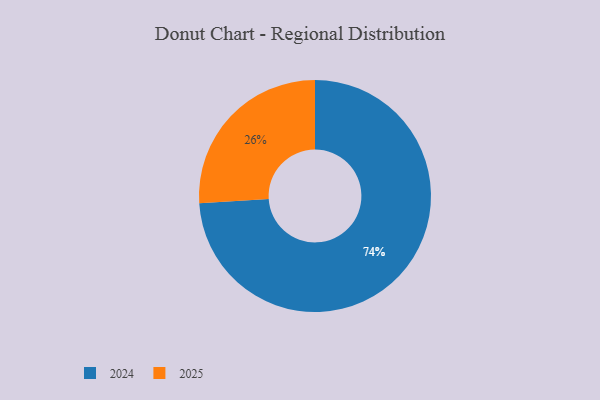
{"axis": {"x": "Category", "y": "Percentage"}, "legend": ["2024", "2025"], "data": [{"x": "2024", "y": 74, "type": "2024"}, {"x": "2025", "y": 26, "type": "2025"}]}